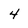
Character: 4